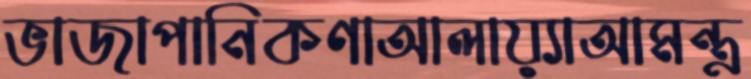
ভাজাপানিকণাআলায়্যাআমন্ত্র